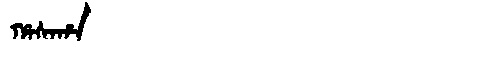
Manchu: ᡥᠠᠰᠠᡥᠠ
Romanization: HASAHA